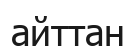
айттан